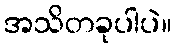
အသိတခုပါပဲ။